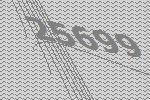
25699